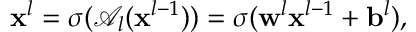
\begin{array} { r } { \mathbf { x } ^ { l } = \sigma ( \mathcal { A } _ { l } ( \mathbf { x } ^ { l - 1 } ) ) = \sigma ( \mathbf { w } ^ { l } \mathbf { x } ^ { l - 1 } + \mathbf { b } ^ { l } ) , } \end{array}